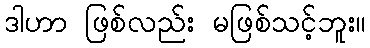
ဒါဟာ ဖြစ်လည်း မဖြစ်သင့်ဘူး။